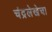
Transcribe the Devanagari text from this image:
चंद्रलेखेचा